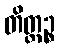
တိတ္ထဉ္စ